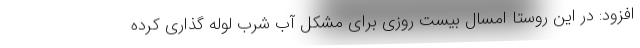
افزود: در این روستا امسال بیست روزی برای مشکل آب شرب لوله گذاری کرده